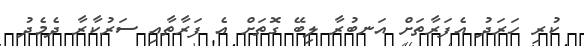
ކުރި ހަރަދު އެފަރާތަށް އަނބުރާ ލިބޭ ގޮތަށް އެ ފަރާތާއި ސަރުކާރާ ދެމެދު